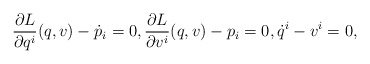
\begin{gather*} \frac{ \partial L }{ \partial q ^i } ( q, v ) - \dot{p} _i = 0 , \frac{ \partial L }{ \partial v ^i } ( q, v ) - p _i = 0 , \dot{q} ^i - v ^i = 0 ,\end{gather*}